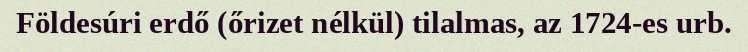
Földesúri erdő (őrizet nélkül) tilalmas, az 1724-es urb.